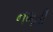
નભતી